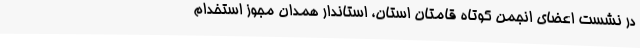
در نشست اعضای انجمن کوتاه قامتان استان، استاندار همدان مجوز استخدام